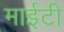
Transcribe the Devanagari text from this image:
माईटी